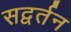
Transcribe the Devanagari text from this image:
सद्वर्तन